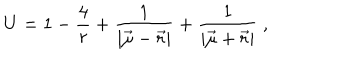
LaTeX: U = 1 - \frac { 4 } { r } + \frac { 1 } { | { \vec { \mu } } - { \vec { r } } | } + \frac { 1 } { | { \vec { \mu } } + { \vec { r } } | } \ ,